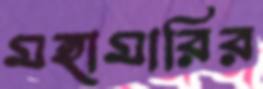
মহামারির